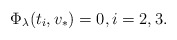
\begin{align*} \Phi_\lambda(t_i,v_*) = 0, i=2,3.\end{align*}